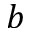
b